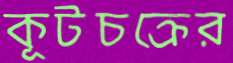
কূটচক্রের